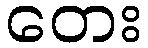
တေး